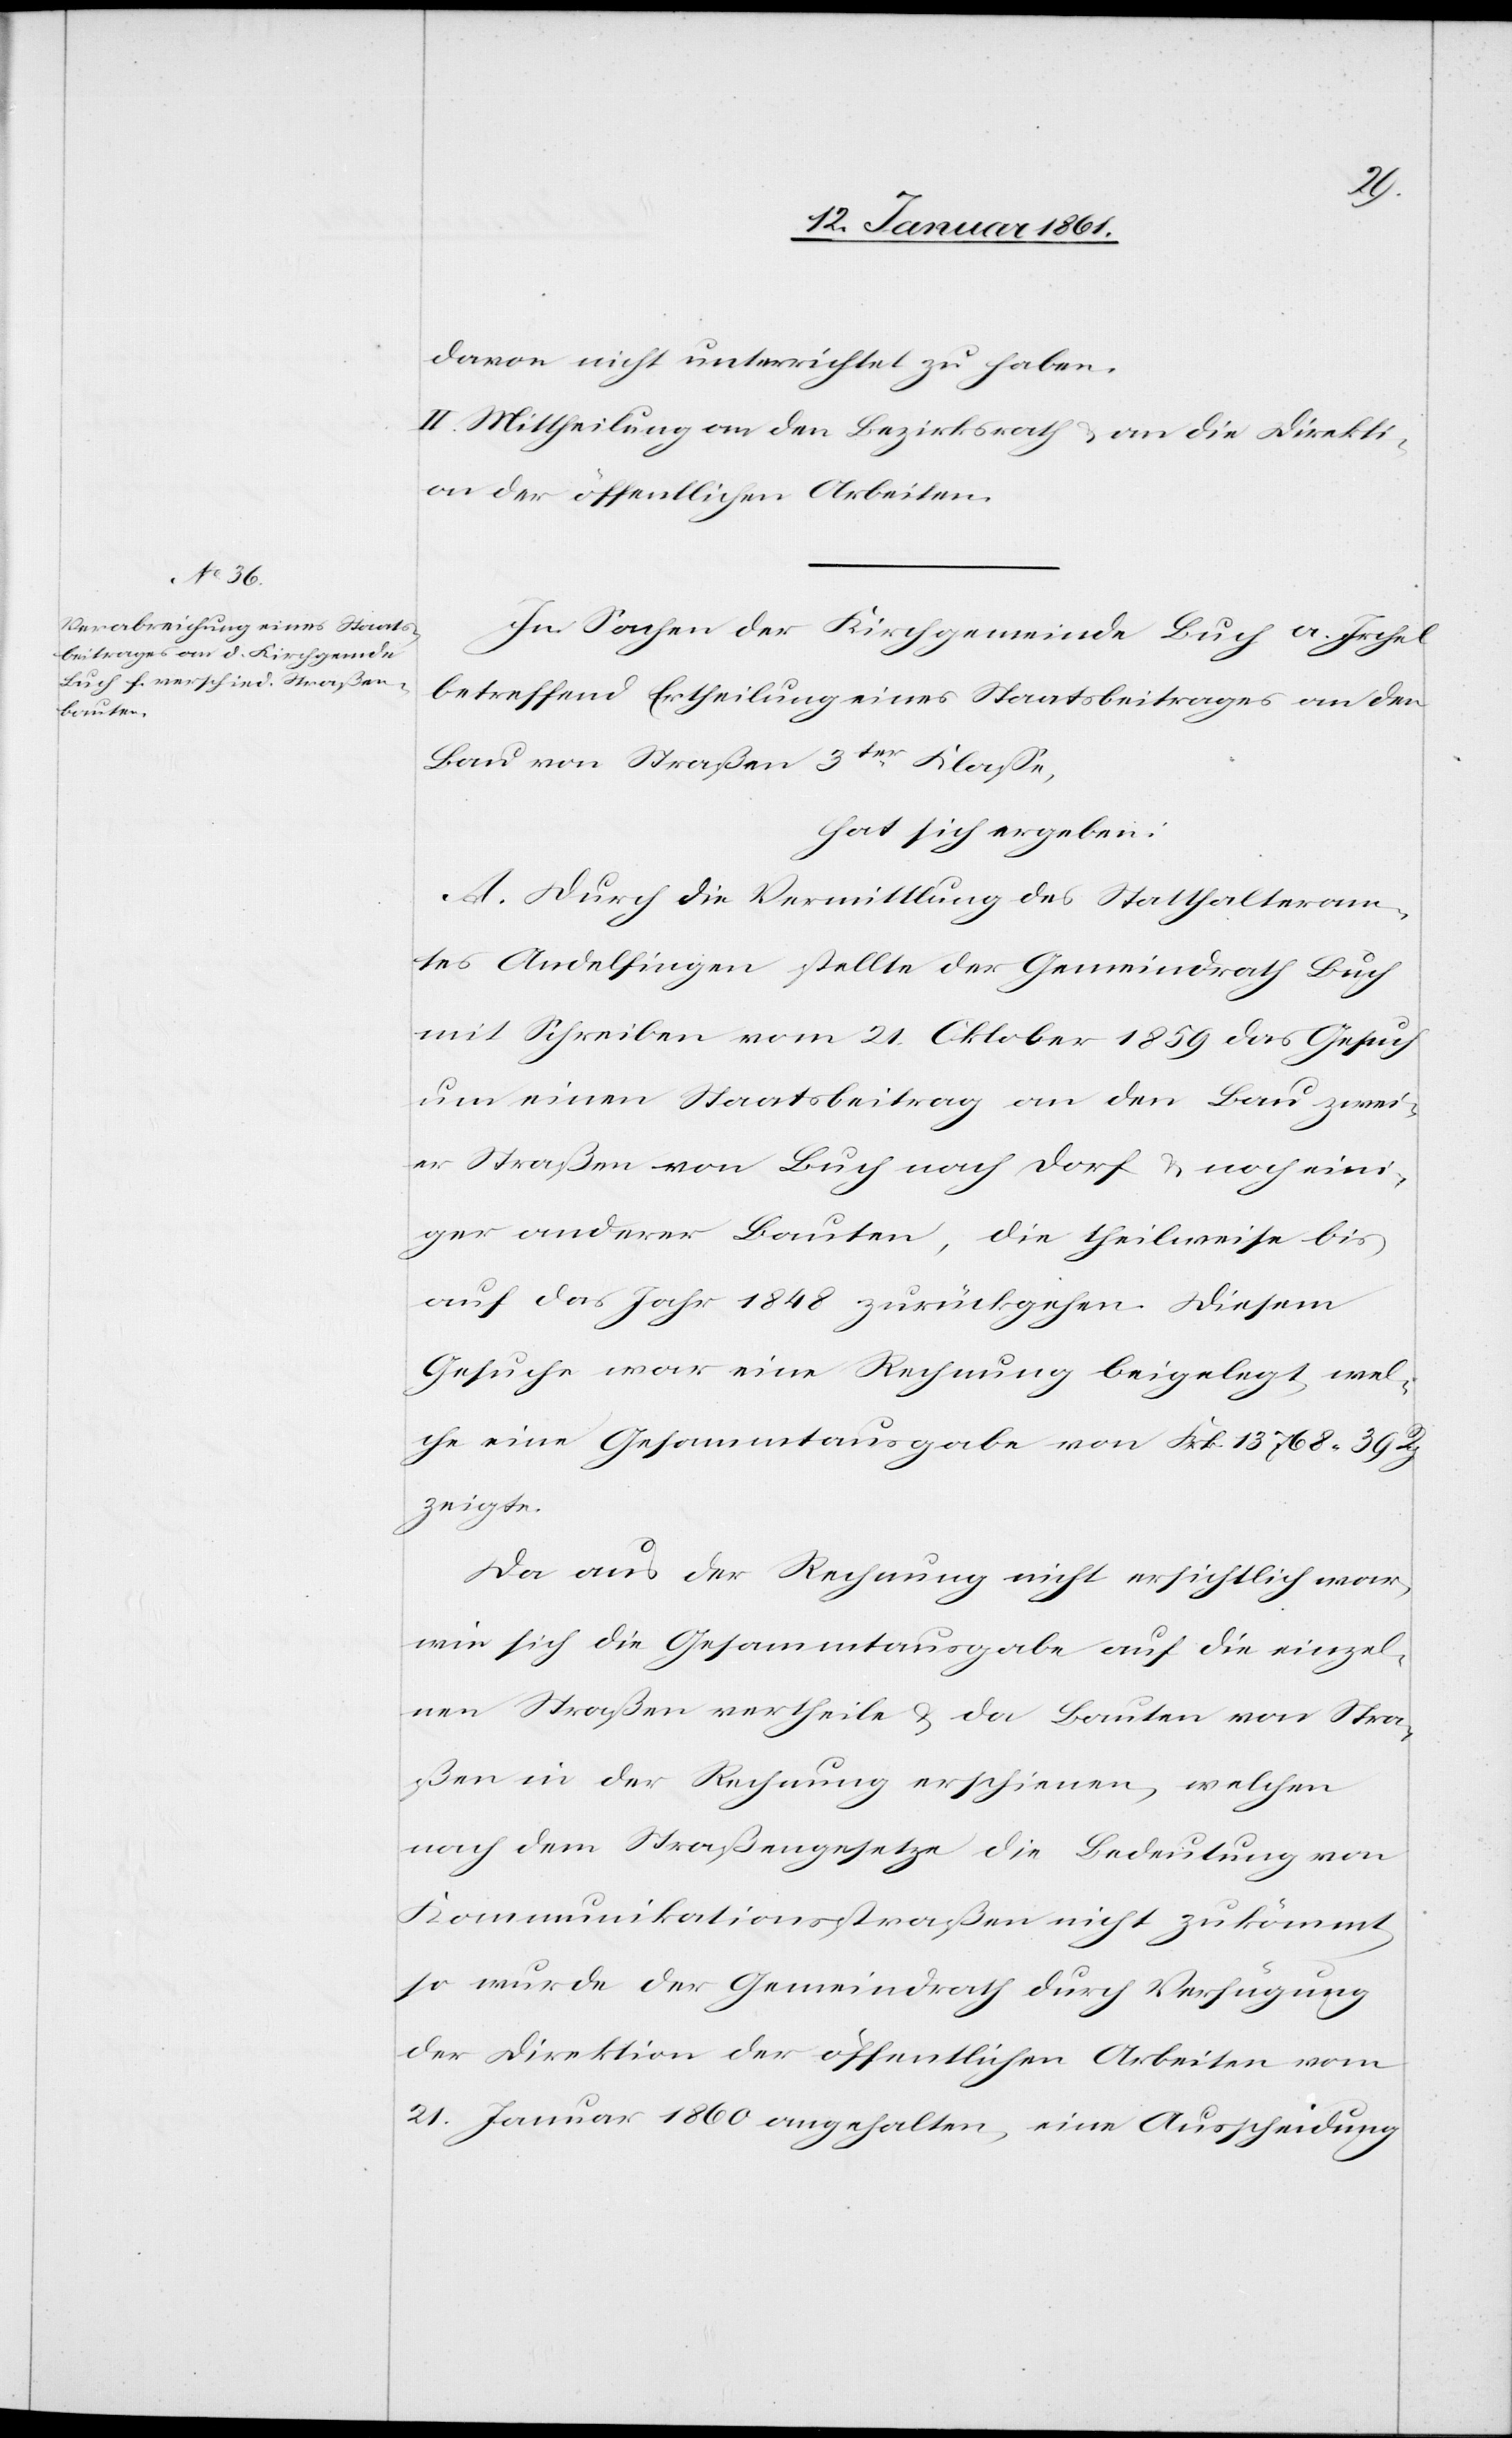
davon nicht unterrichtet zu haben.
II. Mittheilung an den Bezirksrath u. an die Direkti¬
on der öffentlichen Arbeiten.
In Sachen der Kirchgemeinde Buch a. Irchel
betreffend Ertheilung eines Staatsbeitrages an den
Bau von Straßen 3ter Klasse,
hat sich ergeben:
A. Durch die Vermittlung des Statthalteram¬
tes Andelfingen stellte der Gemeindrath Buch
mit Schreiben vom 21. Oktober 1859 das Gesuch
um einen Staatsbeitrag an den Bau zwei¬
er Straßen von Buch nach Dorf u. noch eini¬
ger anderer Bauten, die theilweise bis
auf das Jahr 1848 zurückgehen. Diesem
Gesuche war eine Rechnung beigelegt, wel¬
che eine Gesammtausgabe von Frk. 13 768 39 Rp.
zeigte.
Da aus der Rechnung nicht ersichtlich war,
wie sich die Gesammtausgabe auf die einzel¬
nen Straßen vertheile u. da Bauten von Stra¬
ßen in der Rechnung erschienen, welchen
nach dem Straßengesetze die Bedeutung von
Kommunikationsstraßen nicht zukömmt,
so wurde der Gemeindrath durch Verfügung
der Direktion der öffentlichen Arbeiten vom
21. Januar 1860 angehalten, eine Ausscheidung